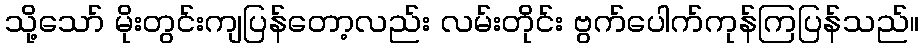
သို့သော် မိုးတွင်းကျပြန်တော့လည်း လမ်းတိုင်း ဗွက်ပေါက်ကုန်ကြပြန်သည်။